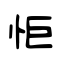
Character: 怇